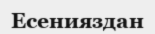
Есенияздан